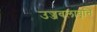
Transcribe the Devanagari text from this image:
उज्जवलावृत्ति